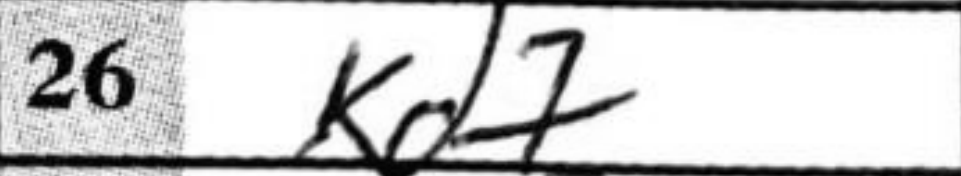
Transcription: Kd7